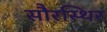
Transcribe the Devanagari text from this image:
सौरस्थिर